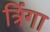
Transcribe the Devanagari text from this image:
त्रिंगा